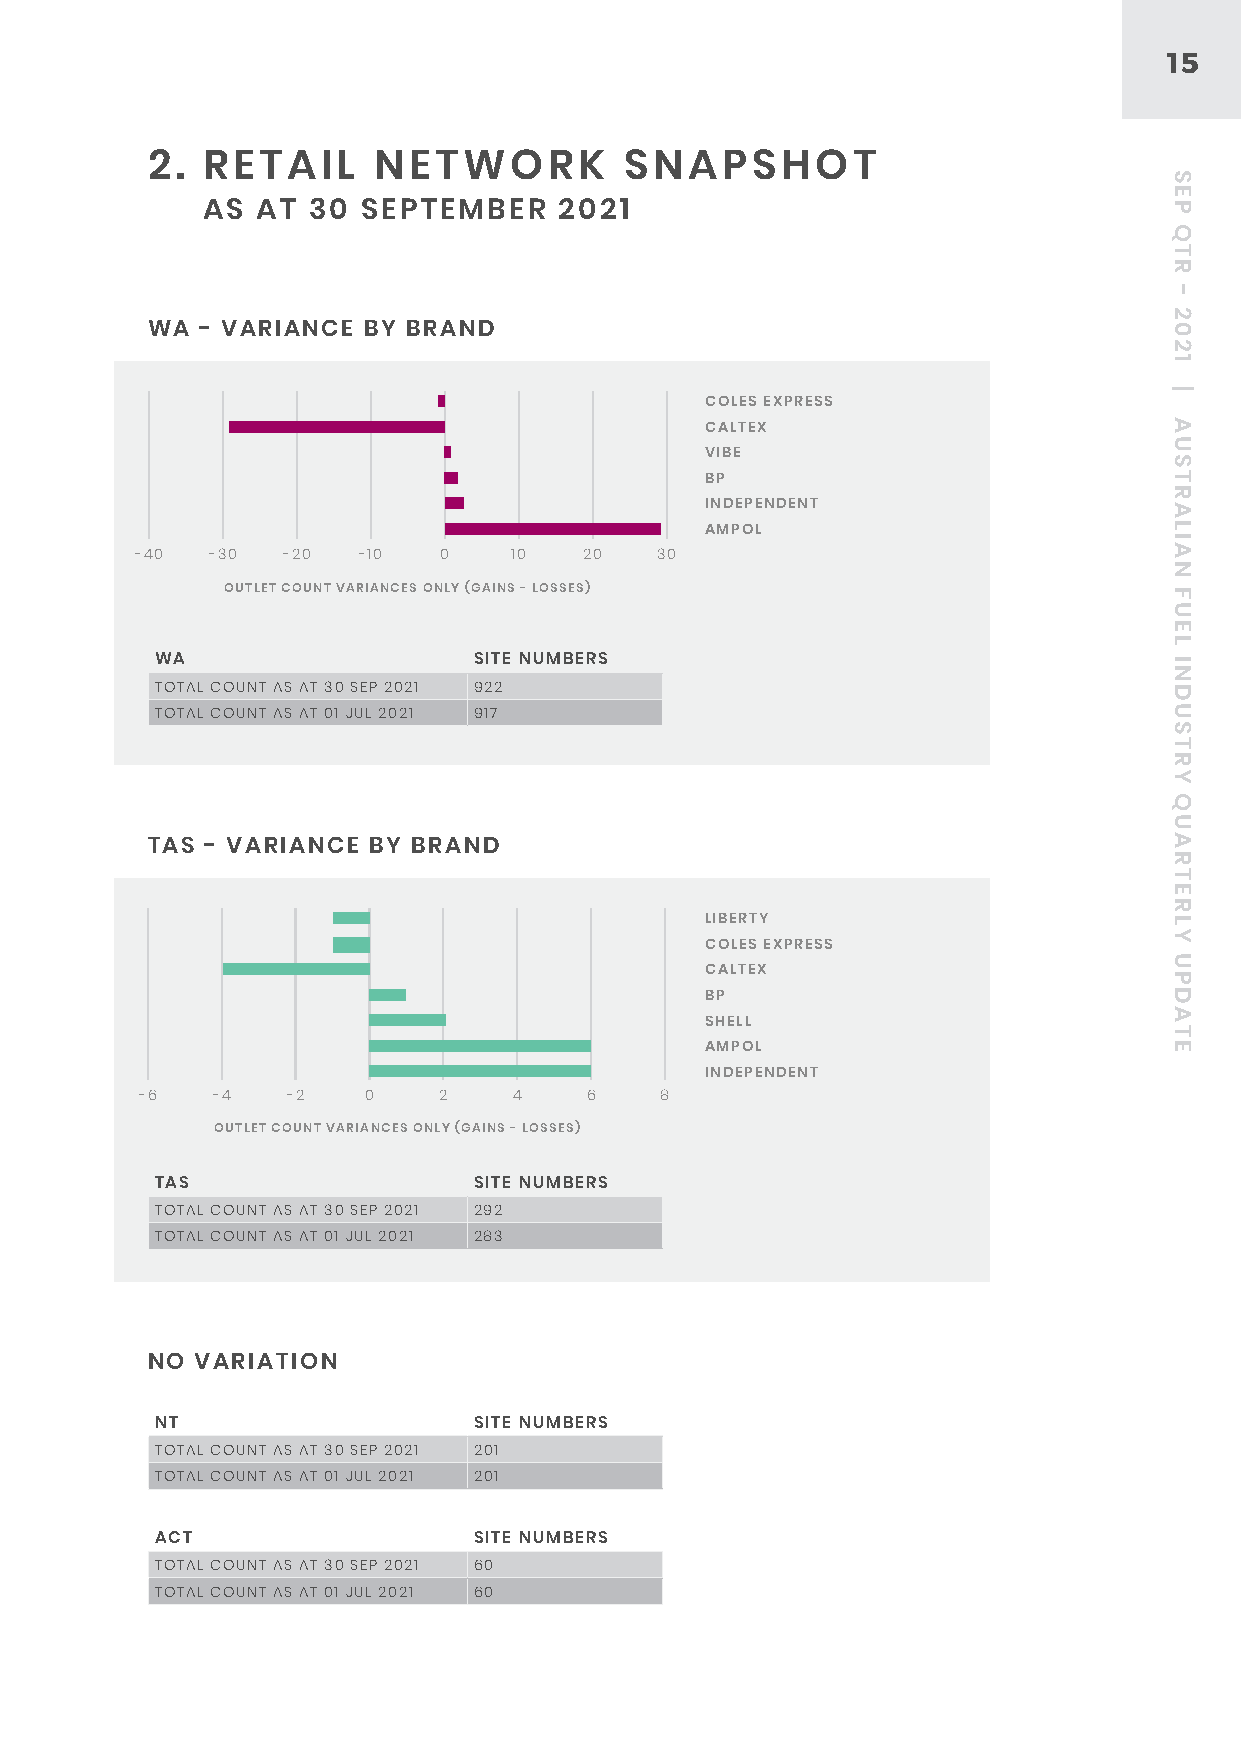
15
 2. RETAIL      NETWORK         SNAPSHOT
 AS  AT 30  SEPTEMBER    2021
 WA - VARIANCE BY BRAND
 COLES EXPRESS
 CALTEX
 VIBE
 BP
 INDEPENDENT
 AMPOL
 -40  -30  -20  -10  0    10   20  30
 OUTLET COUNT VARIANCES ONLY (GAINS - LOSSES)
 WA                   SITE NUMBERS
 TOTAL COUNT AS AT 30 SEP 2021 922
 TOTAL COUNT AS AT 01 JUL 2021 917
 TAS - VARIANCE BY BRAND
 LIBERTY
 COLES EXPRESS
 CALTEX
 BP
 SHELL
 AMPOL
 INDEPENDENT
 -6   -4   -2   0    2    4    6    8
 OUTLET COUNT VARIANCES ONLY (GAINS - LOSSES)
 TAS                  SITE NUMBERS
 TOTAL COUNT AS AT 30 SEP 2021 292
 TOTAL COUNT AS AT 01 JUL 2021 283
 NO VARIATION
 NT                   SITE NUMBERS
 TOTAL COUNT AS AT 30 SEP 2021 201
 TOTAL COUNT AS AT 01 JUL 2021 201
 ACT                  SITE NUMBERS
 TOTAL COUNT AS AT 30 SEP 2021 60
 TOTAL COUNT AS AT 01 JUL 2021 60
 SEP
 QTR
 -
 2021
 |
 AUSTRALIAN
 FUEL
 INDUSTRY
 QUARTERLY
 UPDATE